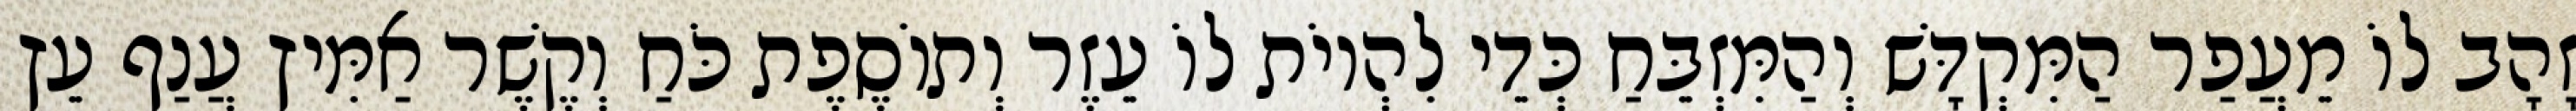
זָהָב לוֹ מֵעֲפַר הַמִּקְדָּשׁ וְהַמִּזְבֵּחַ כְּדֵי לִהְיוֹת לוֹ עֵזֶר וְתוֹסֶפֶת כֹּחַ וְקֶשֶׁר אַמִּיץ עֲנַף עֵץ